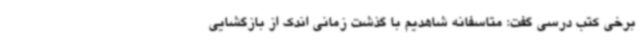
برخی کتب درسی گفت: متاسفانه شاهدیم با گذشت زمانی اندک از بازگشایی